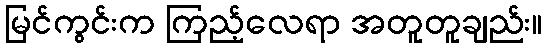
မြင်ကွင်းက ကြည့်လေရာ အတူတူချည်း။